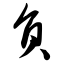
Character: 负